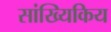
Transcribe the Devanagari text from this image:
सांख्यिकिय